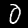
Digit: 0